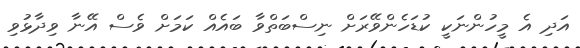
އަދި އެ މީހުންނަކީ ކުޑަހެންވޭރަށް ނިސްބަތްވާ ބައެއް ކަމަށް ވެސް އޭނާ ވިދާޅުވި